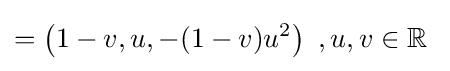
=\left(1-v,u,-(1-v)u^{2}\right)\ ,u,v\in \mathbb {R} \